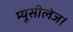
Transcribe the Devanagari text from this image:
म्यूसीलेज।